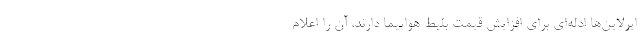
ایرلاین‌ها ادله‌ای برای افزایش قیمت بلیط هواپیما دارند، آن را اعلام